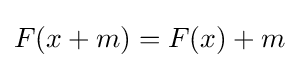
F(x+m)=F(x)+m